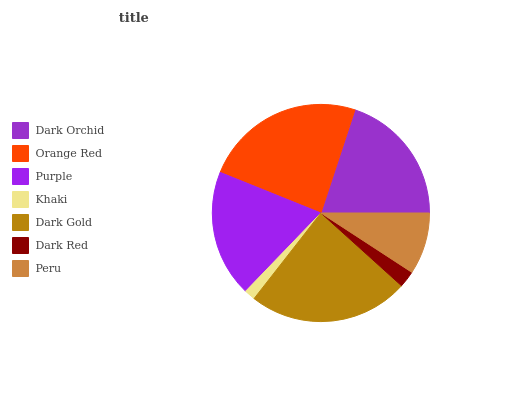
| Dark Orchid | Orange Red | Purple | Khaki | Dark Gold | Dark Red | Peru |
 | --- | --- | --- | --- | --- | --- | --- |
 | 19.9% | 24% | 18.9% | 1.64% | 23.9% | 2.48% | 9.19% |